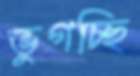
ভুগচ্ছি